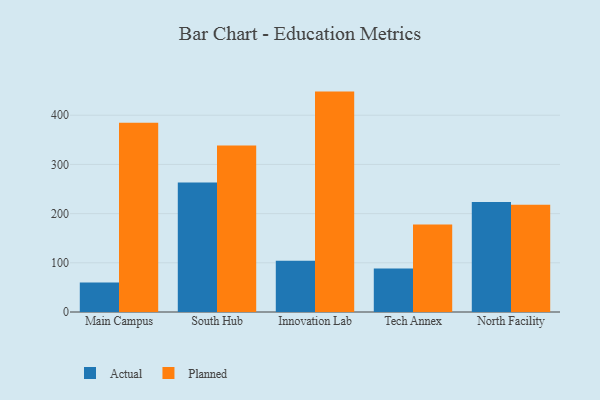
{"axis": {"x": "Campus", "y": "Population (Million)"}, "legend": ["Actual", "Planned"], "data": [{"x": "Main Campus", "y": 60.2, "type": "Actual"}, {"x": "Main Campus", "y": 384.6, "type": "Planned"}, {"x": "South Hub", "y": 263.3, "type": "Actual"}, {"x": "South Hub", "y": 338.5, "type": "Planned"}, {"x": "Innovation Lab", "y": 104.2, "type": "Actual"}, {"x": "Innovation Lab", "y": 448.0, "type": "Planned"}, {"x": "Tech Annex", "y": 88.5, "type": "Actual"}, {"x": "Tech Annex", "y": 177.9, "type": "Planned"}, {"x": "North Facility", "y": 223.7, "type": "Actual"}, {"x": "North Facility", "y": 218.1, "type": "Planned"}]}